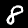
Digit: 8